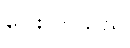
ပြေးလာသည်